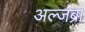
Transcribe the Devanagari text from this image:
अल्जब्रा